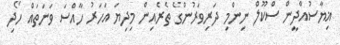
ޣިޔާސުއްދީން ސްކޫލް ނިންމި ދަރިވަރުންގެ ތެރެއިން މިދިޔަ އަހަރު ހާއްސަ ވަނަތައް ހޯދި